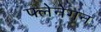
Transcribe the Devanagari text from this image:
फ्लेनेगन